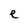
Character: e